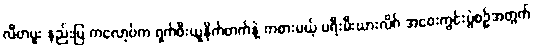
လီဗာပူး နည်းပြ ကလော့ပ်က ရှက်ဖီးယူနိုက်တက်နဲ့ ကစားမယ့် ပရီးမီးယားလိဂ် အဝေးကွင်းပွဲစဉ်အတွက်